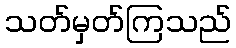
သတ်မှတ်ကြသည်